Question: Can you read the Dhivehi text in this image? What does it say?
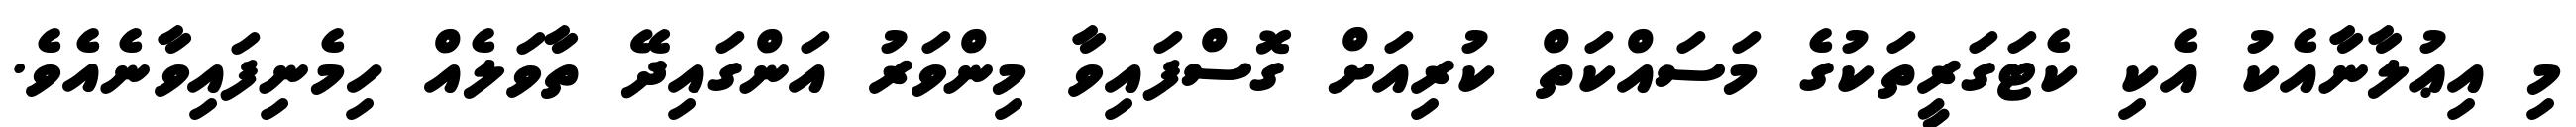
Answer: މި އިޢުލާނާއެކު އެކި ކެޓަގަރީތަކުގެ މަސައްކަތް ކުރިއަށް ގޮސްފައިވާ މިންވަރު އަންގައިދޭ ތާވަލެއް ހިމެނިފައިވާނެއެވެ.